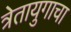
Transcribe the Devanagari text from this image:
त्रेतायुगाचा